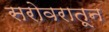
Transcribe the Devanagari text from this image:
सरोवरातून